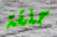
حلقة